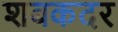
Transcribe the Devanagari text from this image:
शबकदर